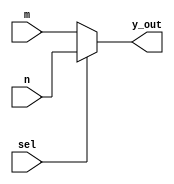
`timescale 1ns / 1ps

module mux2_1(
    input m,n,
    input sel,
    output y_out    
    );
    assign y_out= sel ? n : m;
endmodule

module full_adder(
    input a,b,cin,
    output sum, carry
    );
    wire [4:0]w;
    
    mux2_1 m0(1'b1, 1'b0, a, w[0]);
    mux2_1 m1(a, w[0], b, w[1]);
    mux2_1 m2(1'b1, 1'b0, w[1], w[2]);
    mux2_1 m3(w[1], w[2], cin, sum);
    
    mux2_1 m4(1'b0, w[1], cin, w[3]);
    mux2_1 m5(1'b0, a, b, w[4]);
    mux2_1 m6(w[3], w[4], w[4], carry);
        
endmodule